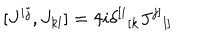
LaTeX: [ J ^ { i j } , J _ { k l } ] = 4 i \delta ^ { [ i } { } _ { [ k } J ^ { j ] } { } _ { l ] }